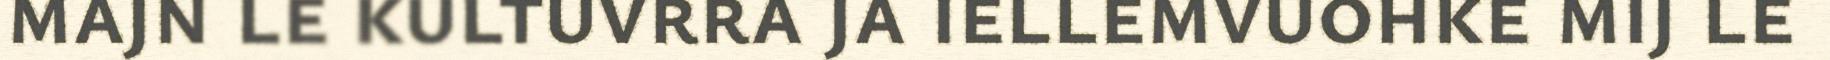
majn le kultuvrra ja iellemvuohke mij le